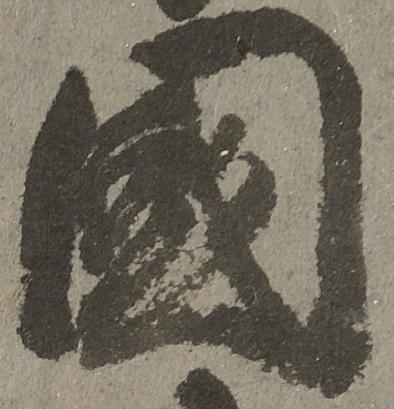
国